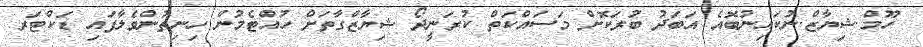
ހޫމް.ޝިޔާޒް.ނުކައިނުބޮއެ އަބަދު ބުރަކޮށް މަސައްކަތް ކުރަނީދޯ ޝިޔާޒްގާތަށް ހުއްޓެމުން ހިނިތުންވެލާފައި ޑަކްޓަރ